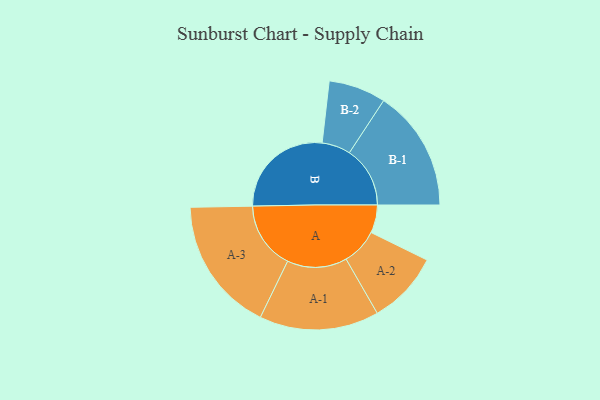
{"axis": {"x": "Segment", "y": "Value"}, "legend": ["", "A", "B"], "data": [{"x": "A", "y": 124, "type": ""}, {"x": "B", "y": 463, "type": ""}, {"x": "A-1", "y": 265, "type": "A"}, {"x": "A-2", "y": 161, "type": "A"}, {"x": "A-3", "y": 299, "type": "A"}, {"x": "B-1", "y": 269, "type": "B"}, {"x": "B-2", "y": 127, "type": "B"}]}